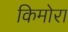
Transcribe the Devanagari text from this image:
किमोरा